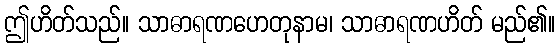
ဤဟိတ်သည်။ သာဓာရဏဟေတုနာမ၊ သာဓာရဏဟိတ် မည်၏။